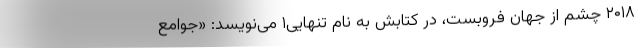
۲۰۱۸ چشم از جهان فروبست، در کتابش به نام تنهایی۱ می‌نویسد: «جوامع